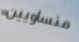
متساويين